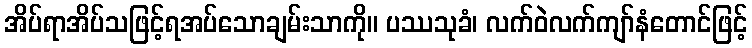
အိပ်ရာအိပ်သဖြင့်ရအပ်သောချမ်းသာကို။ ပဿသုခံ၊ လက်ဝဲလက်ကျာ်နံတောင်ဖြင့်